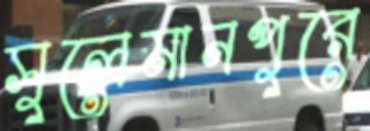
সুলেমানপুরে